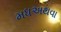
મધઅથવા